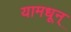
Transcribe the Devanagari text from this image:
यामधून्